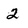
Character: 2